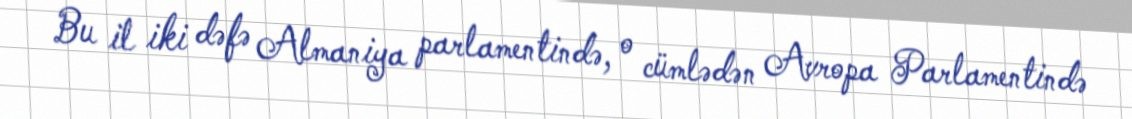
Bu il iki dəfə Almaniya parlamentində, o cümlədən Avropa Parlamentində